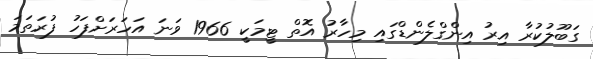
ގަބޫލުކުރާ އިރު އިންގްލެންޑްގައި މިހާރު އޮތް ޓީމަކީ 1966 ވަނަ އަހަރަށްފަހު ފުރަތަމަ